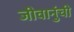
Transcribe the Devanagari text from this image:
जीवानुंची